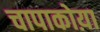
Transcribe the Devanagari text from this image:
चापाकोय़ा